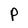
Character: P